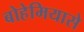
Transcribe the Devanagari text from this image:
बोहेमियासे